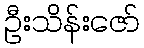
ဦးသိန်းဇော်